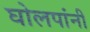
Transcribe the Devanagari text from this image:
घोलपांनी